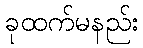
ခုထက်မနည်း